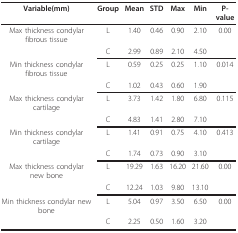
<table><thead><tr><td><b>Variable(mm)</b></td><td><b>Group</b></td><td><b>Mean</b></td><td><b>STD</b></td><td><b>Max</b></td><td><b>Min</b></td><td><b>P- value</b></td></tr></thead><tbody><tr><td>Max thickness condylar fibrous tissue</td><td>L</td><td>1.40</td><td>0.46</td><td>0.90</td><td>2.10</td><td>0.00</td></tr><tr><td>[EMPTY_CELL]</td><td>C</td><td>2.99</td><td>0.89</td><td>2.10</td><td>4.50</td><td>[EMPTY_CELL]</td></tr><tr><td>Min thickness condylar fibrous tissue</td><td>L</td><td>0.59</td><td>0.25</td><td>0.25</td><td>1.10</td><td>0.014</td></tr><tr><td>[EMPTY_CELL]</td><td>C</td><td>1.02</td><td>0.43</td><td>0.60</td><td>1.90</td><td>[EMPTY_CELL]</td></tr><tr><td>Max thickness condylar cartilage</td><td>L</td><td>3.73</td><td>1.42</td><td>1.80</td><td>6.80</td><td>0.115</td></tr><tr><td>[EMPTY_CELL]</td><td>C</td><td>4.83</td><td>1.41</td><td>2.80</td><td>7.10</td><td>[EMPTY_CELL]</td></tr><tr><td>Min thickness condylar cartilage</td><td>L</td><td>1.41</td><td>0.91</td><td>0.75</td><td>4.10</td><td>0.413</td></tr><tr><td>[EMPTY_CELL]</td><td>C</td><td>1.74</td><td>0.73</td><td>0.90</td><td>3.10</td><td>[EMPTY_CELL]</td></tr><tr><td>Max thickness condylar new bone</td><td>L</td><td>19.29</td><td>1.63</td><td>16.20</td><td>21.60</td><td>0.00</td></tr><tr><td>[EMPTY_CELL]</td><td>C</td><td>12.24</td><td>1.03</td><td>9.80</td><td>13.10</td><td>[EMPTY_CELL]</td></tr><tr><td>Min thickness condylar new bone</td><td>L</td><td>5.04</td><td>0.97</td><td>3.50</td><td>6.50</td><td>0.00</td></tr><tr><td>[EMPTY_CELL]</td><td>C</td><td>2.25</td><td>0.50</td><td>1.60</td><td>3.20</td><td>[EMPTY_CELL]</td></tr></tbody></table>